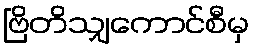
ဗြိတိသျှကောင်စီမှ